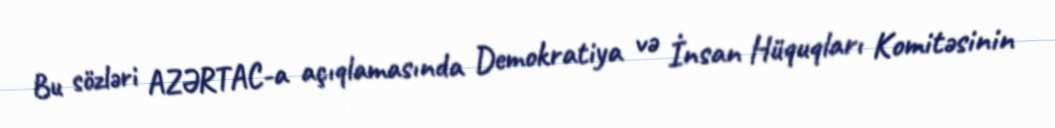
Bu sözləri AZƏRTAC-a açıqlamasında Demokratiya və İnsan Hüquqları Komitəsinin